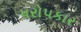
૫રો૫કાર